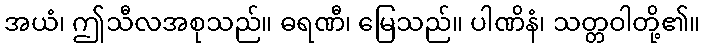
အယံ၊ ဤသီလအစုသည်။ ဓရဏီ၊ မြေသည်။ ပါဏိနံ၊ သတ္တဝါတို့၏။